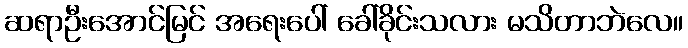
ဆရာဦးအောင်မြင် အရေးပေါ် ခေါ်ခိုင်းသလား မသိတာဘဲလေ။